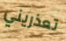
تعذريني